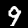
Label: 9